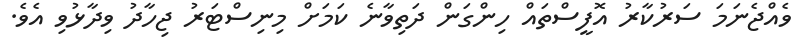
ވެއްޖެނަމަ ސަރުކާރު އޮފީސްތައް ހިންގަން ދަތިވާނެ ކަމަށް މިނިސްޓަރު ޖިހާދު ވިދާޅުވި އެވެ.